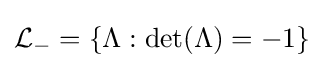
{\mathcal {L}}_{-}=\{\Lambda :\det(\Lambda )=-1\}